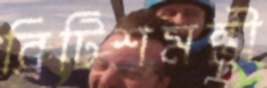
ব্রিটিশমন্ত্রী